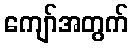
ကျော်အတွက်